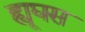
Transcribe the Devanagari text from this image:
ह्यूघस